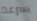
بسرعة